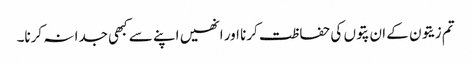
تم زیتون کے ان پتوں کی حفاظت کرنا اور انھیں اپنے سے کبھی جدا نہ کرنا۔